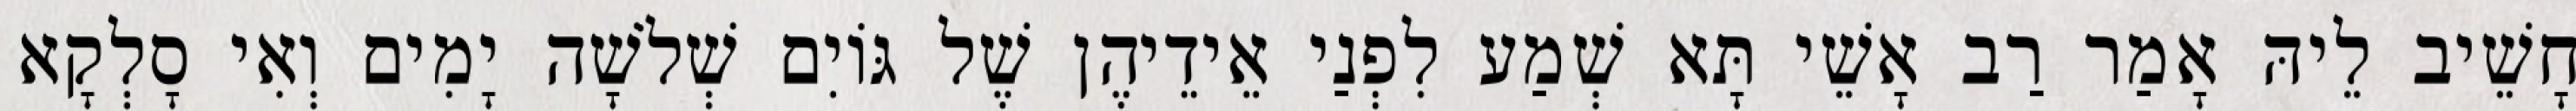
חָשֵׁיב לֵיהּ אָמַר רַב אָשֵׁי תָּא שְׁמַע לִפְנַי אֵידֵיהֶן שֶׁל גּוֹיִם שְׁלֹשָׁה יָמִים וְאִי סָלְקָא